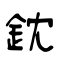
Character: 鈂